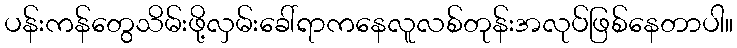
ပန်းကန်တွေသိမ်းဖို့လှမ်းခေါ်ရာကနေလူလစ်တုန်းအလုပ်ဖြစ်နေတာပါ။